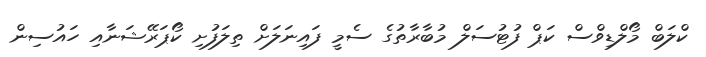
ކްލަބް މޯލްޑިވްސް ކަޕް ފުޓުސަލް މުބާރާތުގެ ސެމީ ފައިނަލަށް ތިލަފުށި ކޯޕަރޭޝަނާއި ހައުސިން